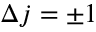
\Delta j = \pm 1